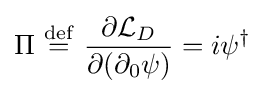
\Pi \ {\overset {\mathrm {def} }{=}}\ {\frac {\partial {\mathcal {L}}_{D}}{\partial (\partial _{0}\psi )}}=i\psi ^{\dagger }